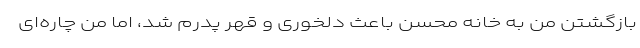
بازگشتن من به خانه محسن باعث دلخوری و قهر پدرم شد، اما من چاره‌ای